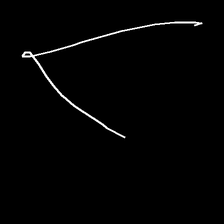
Glyph: region